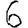
Digit: 6